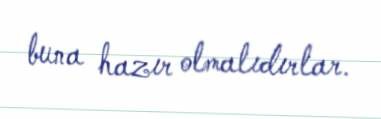
buna hazır olmalıdırlar.